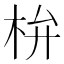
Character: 㭓